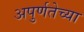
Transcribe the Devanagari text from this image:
अपुर्णतेच्या